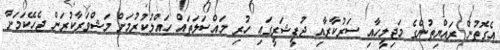
އެގޮތުން ރައްޔިތުންގެ މަޖިލީހާއި ސަރުކާރާއި ޖުޑީޝަރީގައި ހުރި މައްސަލަތައް ހައްލުކުރުމަށް މަޝްވަރާކުރަން ޖެހޭކަމަށާ